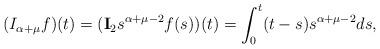
LaTeX: \begin{align*} (I_{\alpha+\mu}f)(t)=(\textbf{I}_2 s^{\alpha+\mu-2} f(s))(t)=\int_0^t (t-s) s^{\alpha+\mu-2}ds,\end{align*}